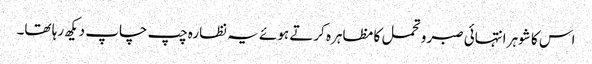
اس کا شوہر انتہائی صبر و تحمل کا مظاہرہ کرتے ہوئے یہ نظارہ چپ چاپ دیکھ رہا تھا۔